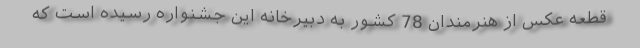
قطعه عکس از هنرمندان 78 کشور به دبیرخانه این جشنواره رسیده است که